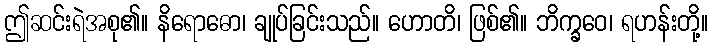
ဤဆင်းရဲအစု၏။ နိရောဓော၊ ချုပ်ခြင်းသည်။ ဟောတိ၊ ဖြစ်၏။ ဘိက္ခဝေ၊ ရဟန်းတို့။